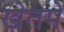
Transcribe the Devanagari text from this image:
खेतमे